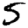
Digit: 5